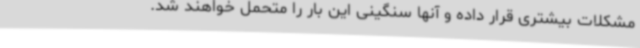
مشکلات بیشتری قرار داده و آنها سنگینی این بار را متحمل خواهند شد.